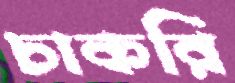
চাকরি